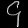
Digit: ၄